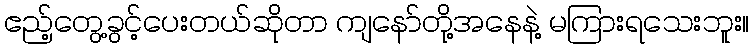
ဧည့်တွေ့ခွင့်ပေးတယ်ဆိုတာ ကျနော်တို့အနေနဲ့ မကြားရသေးဘူး။